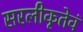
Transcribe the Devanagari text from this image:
सरलीकृतेवं